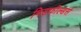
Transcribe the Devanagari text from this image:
मिडफील्‍डर्स